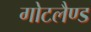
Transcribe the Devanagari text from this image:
गोटलैण्ड